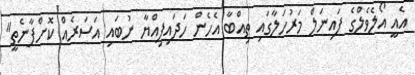
އެއީ އޯލެވެލްގެ ފައިނަލް މަރުހަލާގައި ތިއްބާ އެހެން ހަދައިފިއްޔާ ނުބައި އަސަރެއް ކޮށްފާނެތީ"